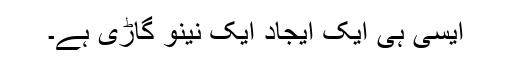
ایسی ہی ایک ایجاد ایک نینو گاڑی ہے۔